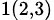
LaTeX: _{1(2,3)}